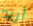
أريد